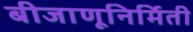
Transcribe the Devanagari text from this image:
बीजाणूनिर्मिती